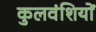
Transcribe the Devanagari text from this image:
कुलवंशियों